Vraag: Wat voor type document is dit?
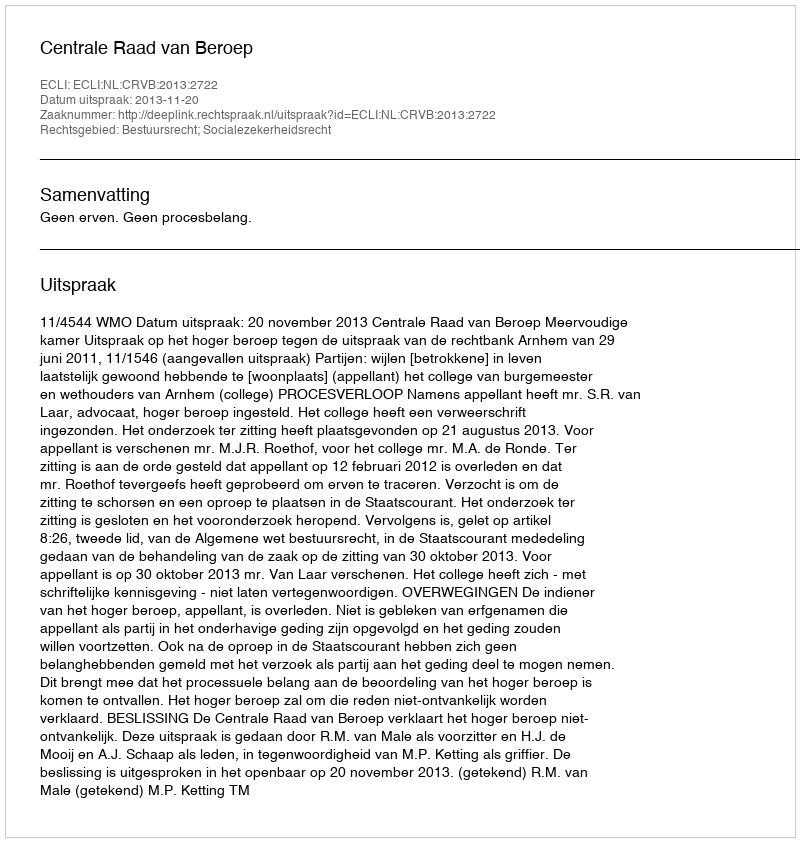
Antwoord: Uitspraak